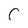
Character: C